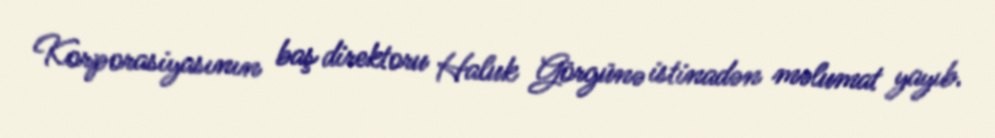
Korporasiyasının baş direktoru Haluk Görgünə istinadən məlumat yayıb.